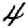
Digit: 4